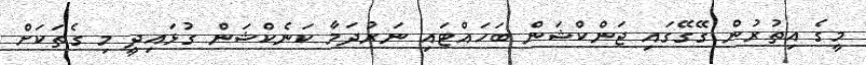
މީގެ އިތުރުން ގޭގޭގައި ޖަންކްޝަން ބަހައްޓައި ނަރުދަމާ ކަނެކްޝަން ގުޅައިދީ މި ގެތަކަށް